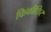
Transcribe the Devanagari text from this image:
फिफीशिर